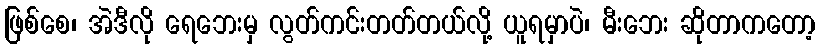
ဖြစ်စေ၊ အဲဒီလို ရေဘေးမှ လွတ်ကင်းတတ်တယ်လို့ ယူရမှာပဲ၊ မီးဘေး ဆိုတာကတော့